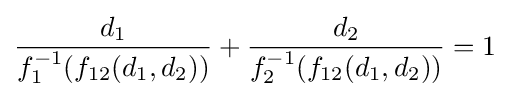
{\frac {d_{1}}{f_{1}^{-1}(f_{12}(d_{1},d_{2}))}}+{\frac {d_{2}}{f_{2}^{-1}(f_{12}(d_{1},d_{2}))}}=1